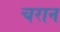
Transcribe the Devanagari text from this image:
चरान